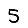
Digit: 5